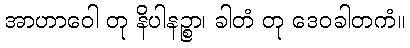
အာဟာဝေါ တု နိပါနဉ္စာ၊ ခါတံ တု ဒေဝခါတကံ။